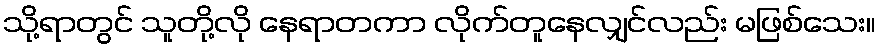
သို့ရာတွင် သူတို့လို နေရာတကာ လိုက်တူနေလျှင်လည်း မဖြစ်သေး။